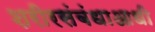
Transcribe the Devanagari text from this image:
शरीरसंबंधाआधी